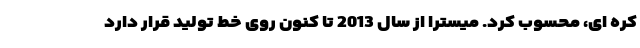
کره ای، محسوب کرد. میسترا از سال 2013 تا کنون روی خط تولید قرار دارد